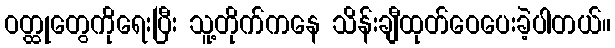
ဝတ္ထုတွေကိုရေးပြီး သူ့တိုက်ကနေ သိန်းချီထုတ်ဝေပေးခဲ့ပါတယ်။